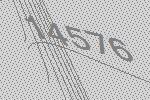
14576